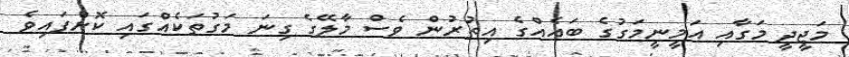
މަޖީދީ މަގާއި އަމީނީމަގުގެ ބައެއްގެ އިތުރުން ވެސް މާލޭގެ ގިނަ މަގުތަކެއްގައި ކޮށްފައިވެ